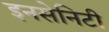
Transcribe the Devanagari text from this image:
इनसेनिटी